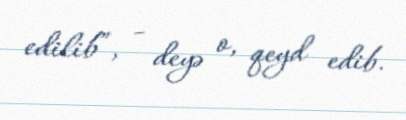
edilib”, - deyə o, qeyd edib.